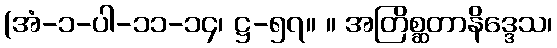
(အံ-၁-ပါ-၁၁-၁၄၊ ဋ္ဌ-၅၇။ ။ အတြိစ္ဆတာနိဒ္ဒေသ၊